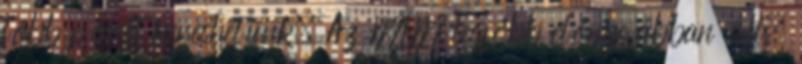
több pénzt kereshetünk. Az MLM legfőbb előnye abban áll,